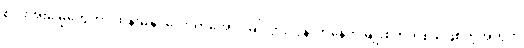
စပါးအုံးမြွေတွေဟာ ထိန်းမနိုင်လောက်အောင် မျိုးပွားလွန်လာနေတဲ့ မျိုးစိတ်တစ်ခု ဖြစ်တဲ့အတွက်